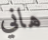
هاني